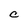
Character: c